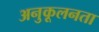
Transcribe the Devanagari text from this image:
अनुकूलनता